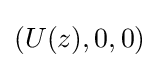
(U(z),0,0)